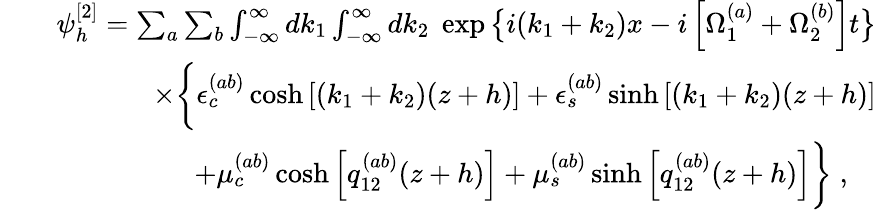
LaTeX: \begin{array}{rlr}&{}&{\psi_{h}^{[2]}=\sum_{a}\sum_{b}\int_{-\infty}^{\infty}dk_{1}\int_{-\infty}^{\infty}dk_{2}\; \exp\big\{ i(k_{1}+k_{2})x-i\left[\Omega_{1}^{(a)}+\Omega_{2}^{(b)}\right]t\big\} }\\ &{}&{\times\bigg\{ \epsilon_{c}^{(ab)}\cosh\left[(k_{1}+k_{2})(z+h)\right]+\epsilon_{s}^{(ab)}\sinh\left[(k_{1}+k_{2})(z+h)\right]}\\ &{}&{\; \; +\mu_{c}^{(ab)}\cosh\left[q_{12}^{(ab)}(z+h)\right]+\mu_{s}^{(ab)}\sinh\left[q_{12}^{(ab)}(z+h)\right]\bigg\} \; ,\quad}\end{array}